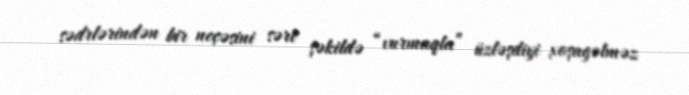
sədrlərindən bir neçəsini sərt şəkildə “vurmaqla” üzləşdiyi xoşagəlməz